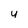
Character: u